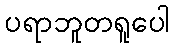
ပရာဘူတရူပေါ